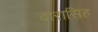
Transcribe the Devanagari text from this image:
दारासिंह